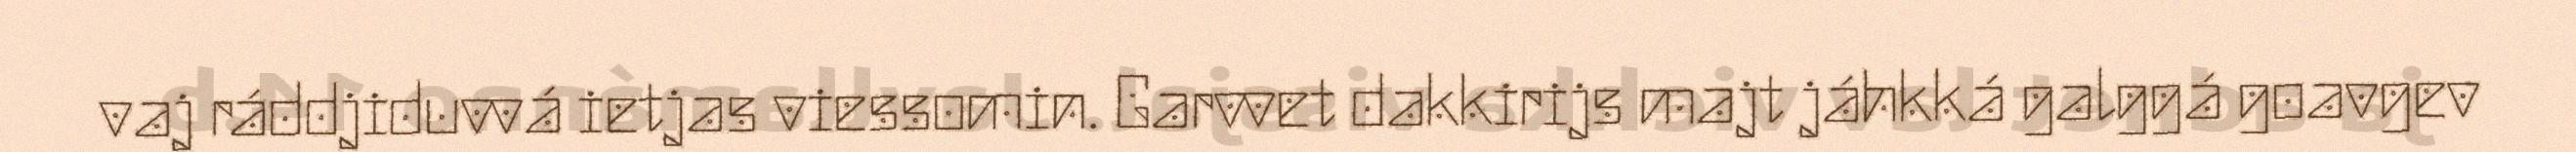
vaj ráddjiduvvá ietjas viessomin. Garvvet dakkirijs majt jáhkká galggá goavgev